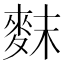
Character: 䴲